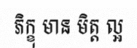
ភិក្ខុ មាន មិត្ត ល្អ